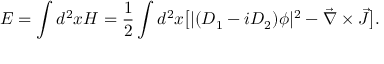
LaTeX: E = \int d ^ { 2 } x { \cal H } = { \frac { 1 } { 2 } } \int d ^ { 2 } x \big [ | ( D _ { 1 } - i D _ { 2 } ) \phi | ^ { 2 } - { \vec { \nabla } \times \vec { J } } \big ] .